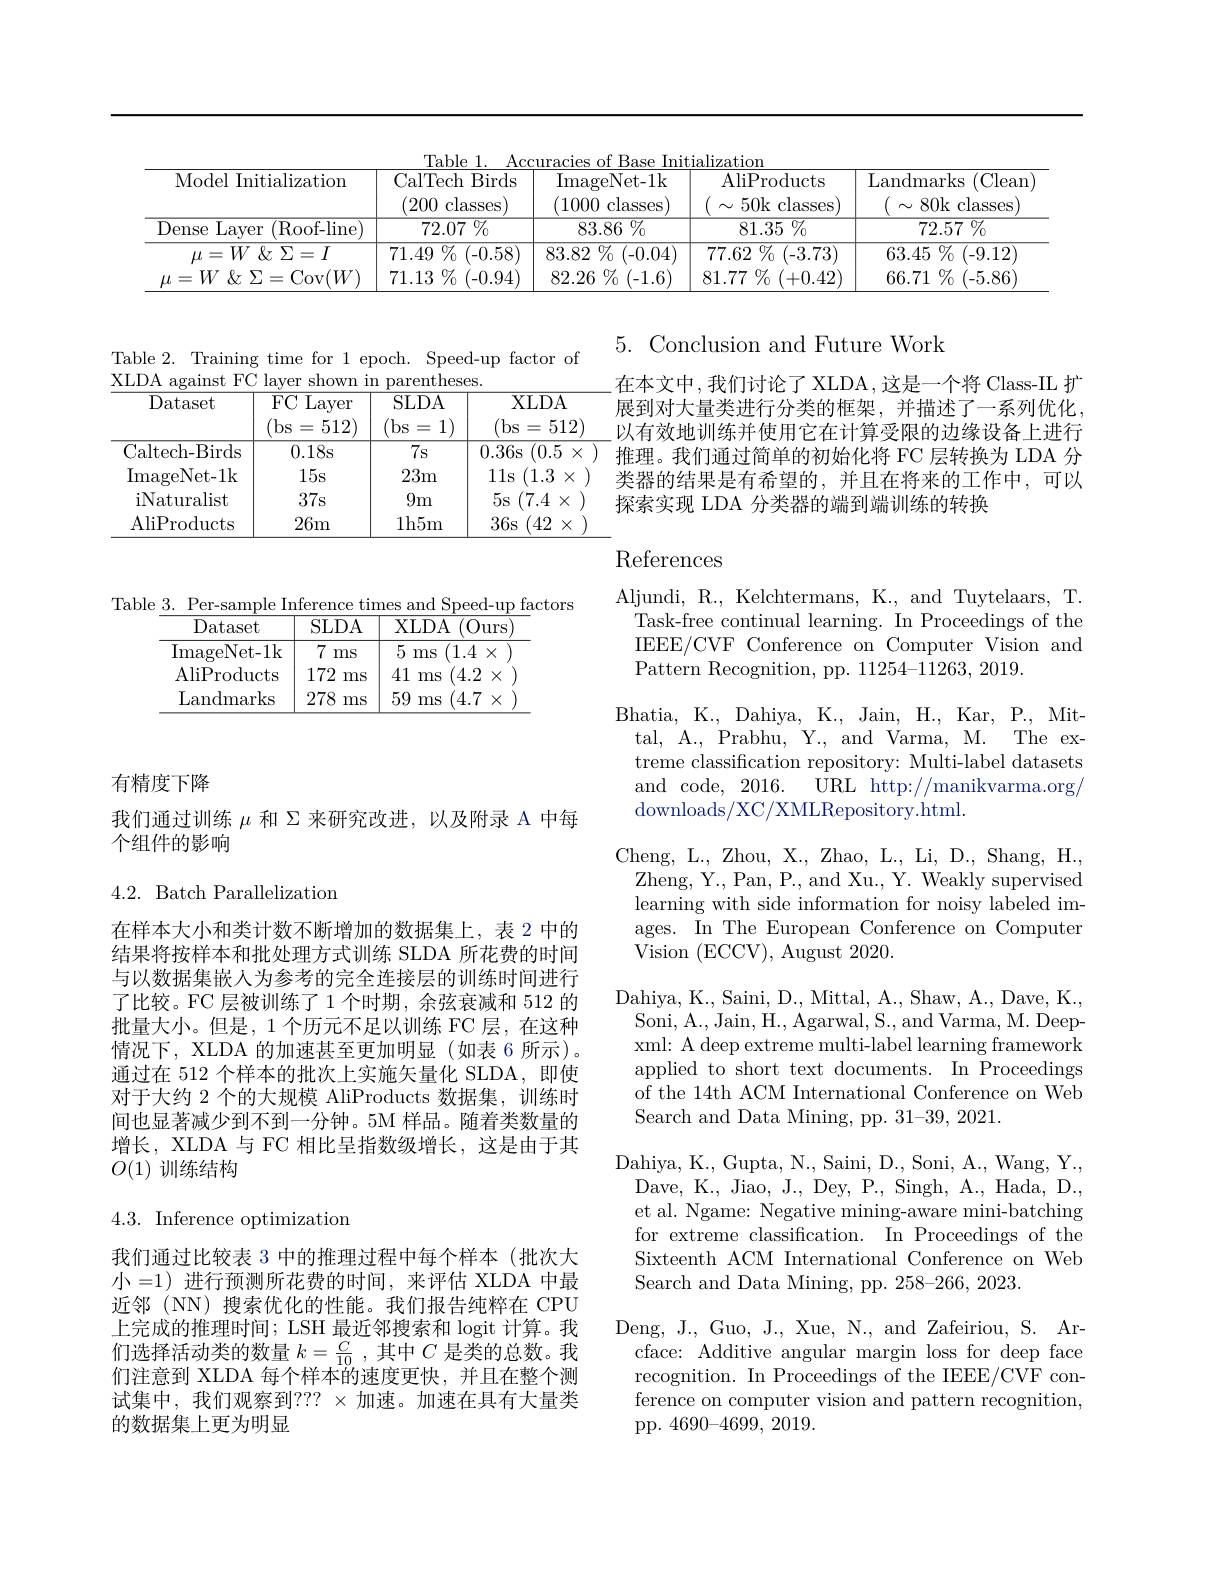
<table>
	<tbody>
		<tr>
			<th>Model Initialization</th>
			<th>CalTech Birds (200 , classes</th>
			<th>ImageNet- 1k (1000 classes 1</th>
			<th>AliProducts $\sim50$k classes</th>
			<th>Landmarks $(\operatorname{Clean}$ 80k classes</th>
		</tr>
		<tr>
			<td>Dense Layer (Roof- line</td>
			<td>$\overline{72.07}\%$</td>
			<td>${\overline{83.86\%}}$</td>
			<td>$\overline{81.35\%}$</td>
			<td>$\overline{72.57\:\%}$</td>
		</tr>
		<tr>
			<td>$\mu = W$ $\&$ $\Sigma = I$</td>
			<td>71.49 $\%_{0}$ (-0.58)</td>
			<td>83.82 $\%$ (-0.04)</td>
			<td>$\overline{77.62\:\%\:(-3.73)}$</td>
			<td>$63.45\%(-9.12)$</td>
		</tr>
		<tr>
			<td>$\mu$ 三 $W\not\in\Sigma=$Cov$(W)$</td>
			<td>71.13 $\%(-0.94)$</td>
			<td>82.26 $\% _{0}$ (-1.6) </td>
			<td>81.77 $\%$ (+0.42)</td>
			<td>$66.71~\%~(-5.86)$</td>
		</tr>
	</tbody>
</table>

5. Conclusion and Future Work

Table 2. Training time for 1 epoch. Speed-up factor of
XLDA against FC layer shown in parentheses.
<table>
	<tbody>
		<tr>
			<th>Dataset</th>
			<th>${\overline{\mathrm{FC~Layer}}}$ (bs 512) =</th>
			<th>$SLDA$ (bs 1) = </th>
			<th>XLDA (bs= 512) </th>
		</tr>
		<tr>
			<td>Caltech- Birds</td>
			<td>0.18s</td>
			<td>$\overline{7\text{s}}$</td>
			<td>0.36s (0.5 $j\times$</td>
		</tr>
		<tr>
			<td>ImageNet- 1k</td>
			<td>15s</td>
			<td>23m</td>
			<td>111s (1.3 $X$</td>
		</tr>
		<tr>
			<td>iNaturalist</td>
			<td>37s</td>
			<td>9m</td>
			<td>$5s$ (7.4 $X$ </td>
		</tr>
		<tr>
			<td>AliProducts</td>
			<td>26m</td>
			<td>1h5m</td>
			<td>$36s$ 42 $X$</td>
		</tr>
	</tbody>
</table>

在本文中，我们讨论了XLDA，这是一个将 Class-IL 扩展到对大量类进行分类的框架，并描述了一系列优化， 以有效地训练并使用它在计算受限的边缘设备上进行推理。我们通过简单的初始化将 FC 层转换为 LDA 分类器的结果是有希望的，并且在将来的工作中，可以探索实现 LDA 分类器的端到端训练的转换

# References

Table 3. Per-sample Inference times and Speed-up factors
<table>
	<tbody>
		<tr>
			<th>Dataset</th>
			<th>SLDA</th>
			<th>XLDA $(\overline{\mathrm{Ours}}$ </th>
		</tr>
		<tr>
			<td>ImageNet- 1k</td>
			<td>7 ms</td>
			<td>5 (1.4 ms $X$</td>
		</tr>
		<tr>
			<td>AliProducts</td>
			<td>172 ms</td>
			<td>41 (4.2 ms $X$</td>
		</tr>
		<tr>
			<td>Landmarks</td>
			<td>278 ms</td>
			<td>59 (4.7 ms $X$</td>
		</tr>
	</tbody>
</table>

有精度下降

我们通过训练$\mu$和 Σ来研究改进，以及附录 A 中每
个组件的影响

## 4.2. Batch Parallelization

Aljundi, R., Kelchtermans, K., and Tuytelaars, T. Task-free continual learning. In Proceedings of the IEEE/CVF Conference on Computer Vision and Pattern Recognition, pp. 11254-11263, 2019.
Bhatia, K., Dahiya, K., Jain, H., Kar, P. Mit-
tal, A., Prabhu, Y., and Varma, M. The extreme classification repository: Multi-label datasets and code, 2016. URL http://manikvarma.org/ downloads/XC/XMLRepository.html.
Cheng, L., Zhou, X., Zhao, L., Li, D., Shang, H., Zheng, Y., Pan, P., and Xu., Y. Weakly supervised learning with side information for noisy labeled images. In The European Conference on Computer Vision (ECCV),August2020.
Dahiya, K. , Saini, D. , Mittal, A. , Shaw, A. , Dave, K. , Soni, A., Jain, H., Agarwal, S., and Varma, M. Deepxml: A deep extreme multi-label learning framework applied to short text documents. In Proceedings of the 14th ACM International Conference on Web Search and Data Mining, pp. 31-39, 2021.
Dahiya, K. , Gupta, N. , Saini, D. , Soni, A. , Wang, Y. , Dave, K., Jiao, J., Dey, P., Singh, A., Hada, D., et al. Ngame: Negative mining-aware mini-batching for extreme classification. In Proceedings of the Sixteenth ACM International Conference on Web Search and Data Mining, pp. 258-266,2023.
Deng, J., Guo, J., Xue, N., and Zafeiriou, S. Ar-
cface: Additive angular margin loss for deep face recognition. In Proceedings of the IEEE/CVF conference on computer vision and pattern recognition, pp. 4690-4699, 2019.

在样本大小和类计数不断增加的数据集上，表 2 中的结果将按样本和批处理方式训练 SLDA 所花费的时间与以数据集嵌人为参考的完全连接层的训练时间进行了比较。FC 层被训练了 1 个时期，余弦衰减和 512 的批量大小。但是，1 个历元不足以训练 FC 层，在这种情况下，XLDA 的加速甚至更加明显(如表 6 所示)。通过在 512 个样本的批次上实施矢量化 SLDA, 即使对于大约 2 个的大规模 AliProducts 数据集，训练时间也显著减少到不到一分钟。5M 样品。随着类数量的增长，XLDA 与 FC 相比呈指数级增长，这是由于其$O(1)$训练结构

4.3. Inference optimization

我们通过比较表 3 中的推理过程中每个样本(批次大小=1) 进行预测所花费的时间，来评估 XLDA 中最近邻 (NN) 搜索优化的性能。我们报告纯粹在 CPU 上完成的推理时间；LSH 最近邻搜索和 logit 计算。我们选择活动类的数量$k=\frac C{10}$,其中$C$是类的总数。我们注意到 XLDA 每个样本的速度更快，并且在整个测试集中，我们观察到？?? $\times$加速。加速在具有大量类的数据集上更为明显